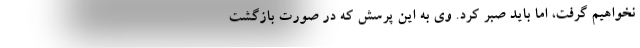
نخواهیم گرفت، اما باید صبر کرد. وی به این پرسش که در صورت بازگشت